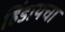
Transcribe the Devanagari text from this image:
हिंडायचा